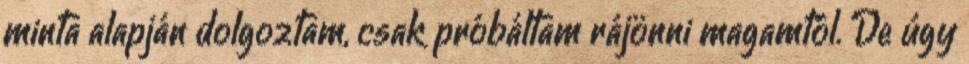
minta alapján dolgoztam, csak próbáltam rájönni magamtól. De úgy